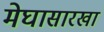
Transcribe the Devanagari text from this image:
मेघासारखा